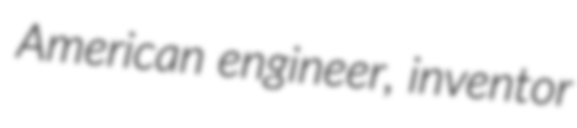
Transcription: American engineer, inventor